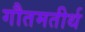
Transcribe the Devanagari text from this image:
गौतमतीर्थ